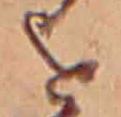
を